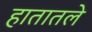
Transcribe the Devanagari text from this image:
हातातले